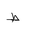
Letter: _da